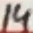
Text: 14